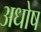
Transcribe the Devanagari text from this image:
अधोष